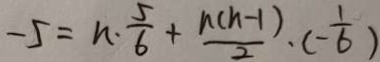
- 5 = n \cdot \frac { 5 } { 6 } + \frac { n ( n - 1 ) } { 2 } \cdot ( - \frac { 1 } { 6 } )